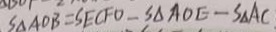
S _ { \Delta A O B } = S E C F O - S _ { \Delta A O E } - S _ { \Delta } A C .